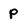
Character: p